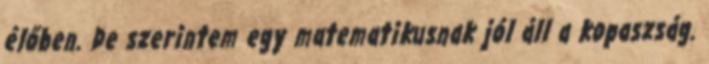
élőben. De szerintem egy matematikusnak jól áll a kopaszság.